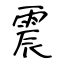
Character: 震